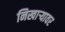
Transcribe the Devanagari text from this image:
निखाऱ्यावर